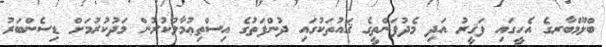
ބްލޫމްބާރގެ އެހީގައި ފަޤީރު އަދި މެދުފަންތީގެ ޤައުތަކުގައި ދުންފަތުގެ އިސްތިޢުމާލުކުރުން މަދުކުރުމަށް ޑިސެންބަރު